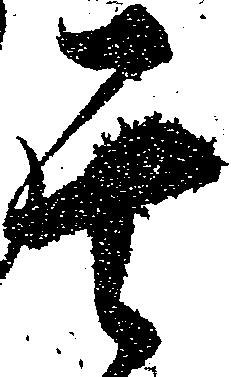
其